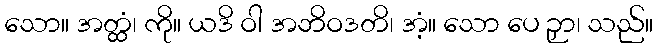
သော။ အတ္ထံ၊ ကို။ ယဒိ ဝါ အဘိဝဒတိ၊ အံ့။ သော ပေ ဉှာ၊ သည်။